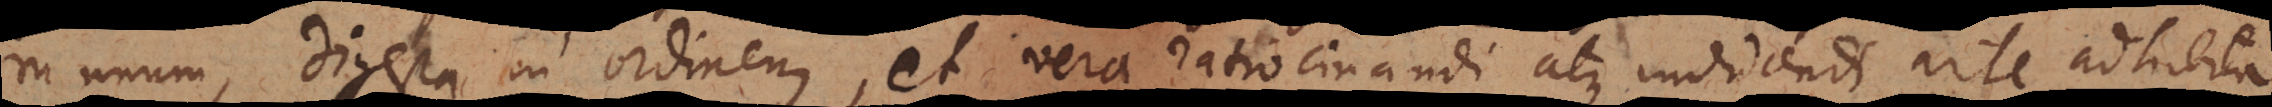
in unum, digesta in ordinem, et vera ratiocinandi atque inducendi arte adhibita